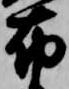
布